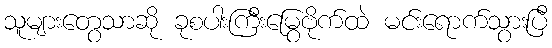
သူများတွေသာဆို ခုစပါးကြီးမြွေဗိုက်ထဲ မင်းရောက်သွားပြီ